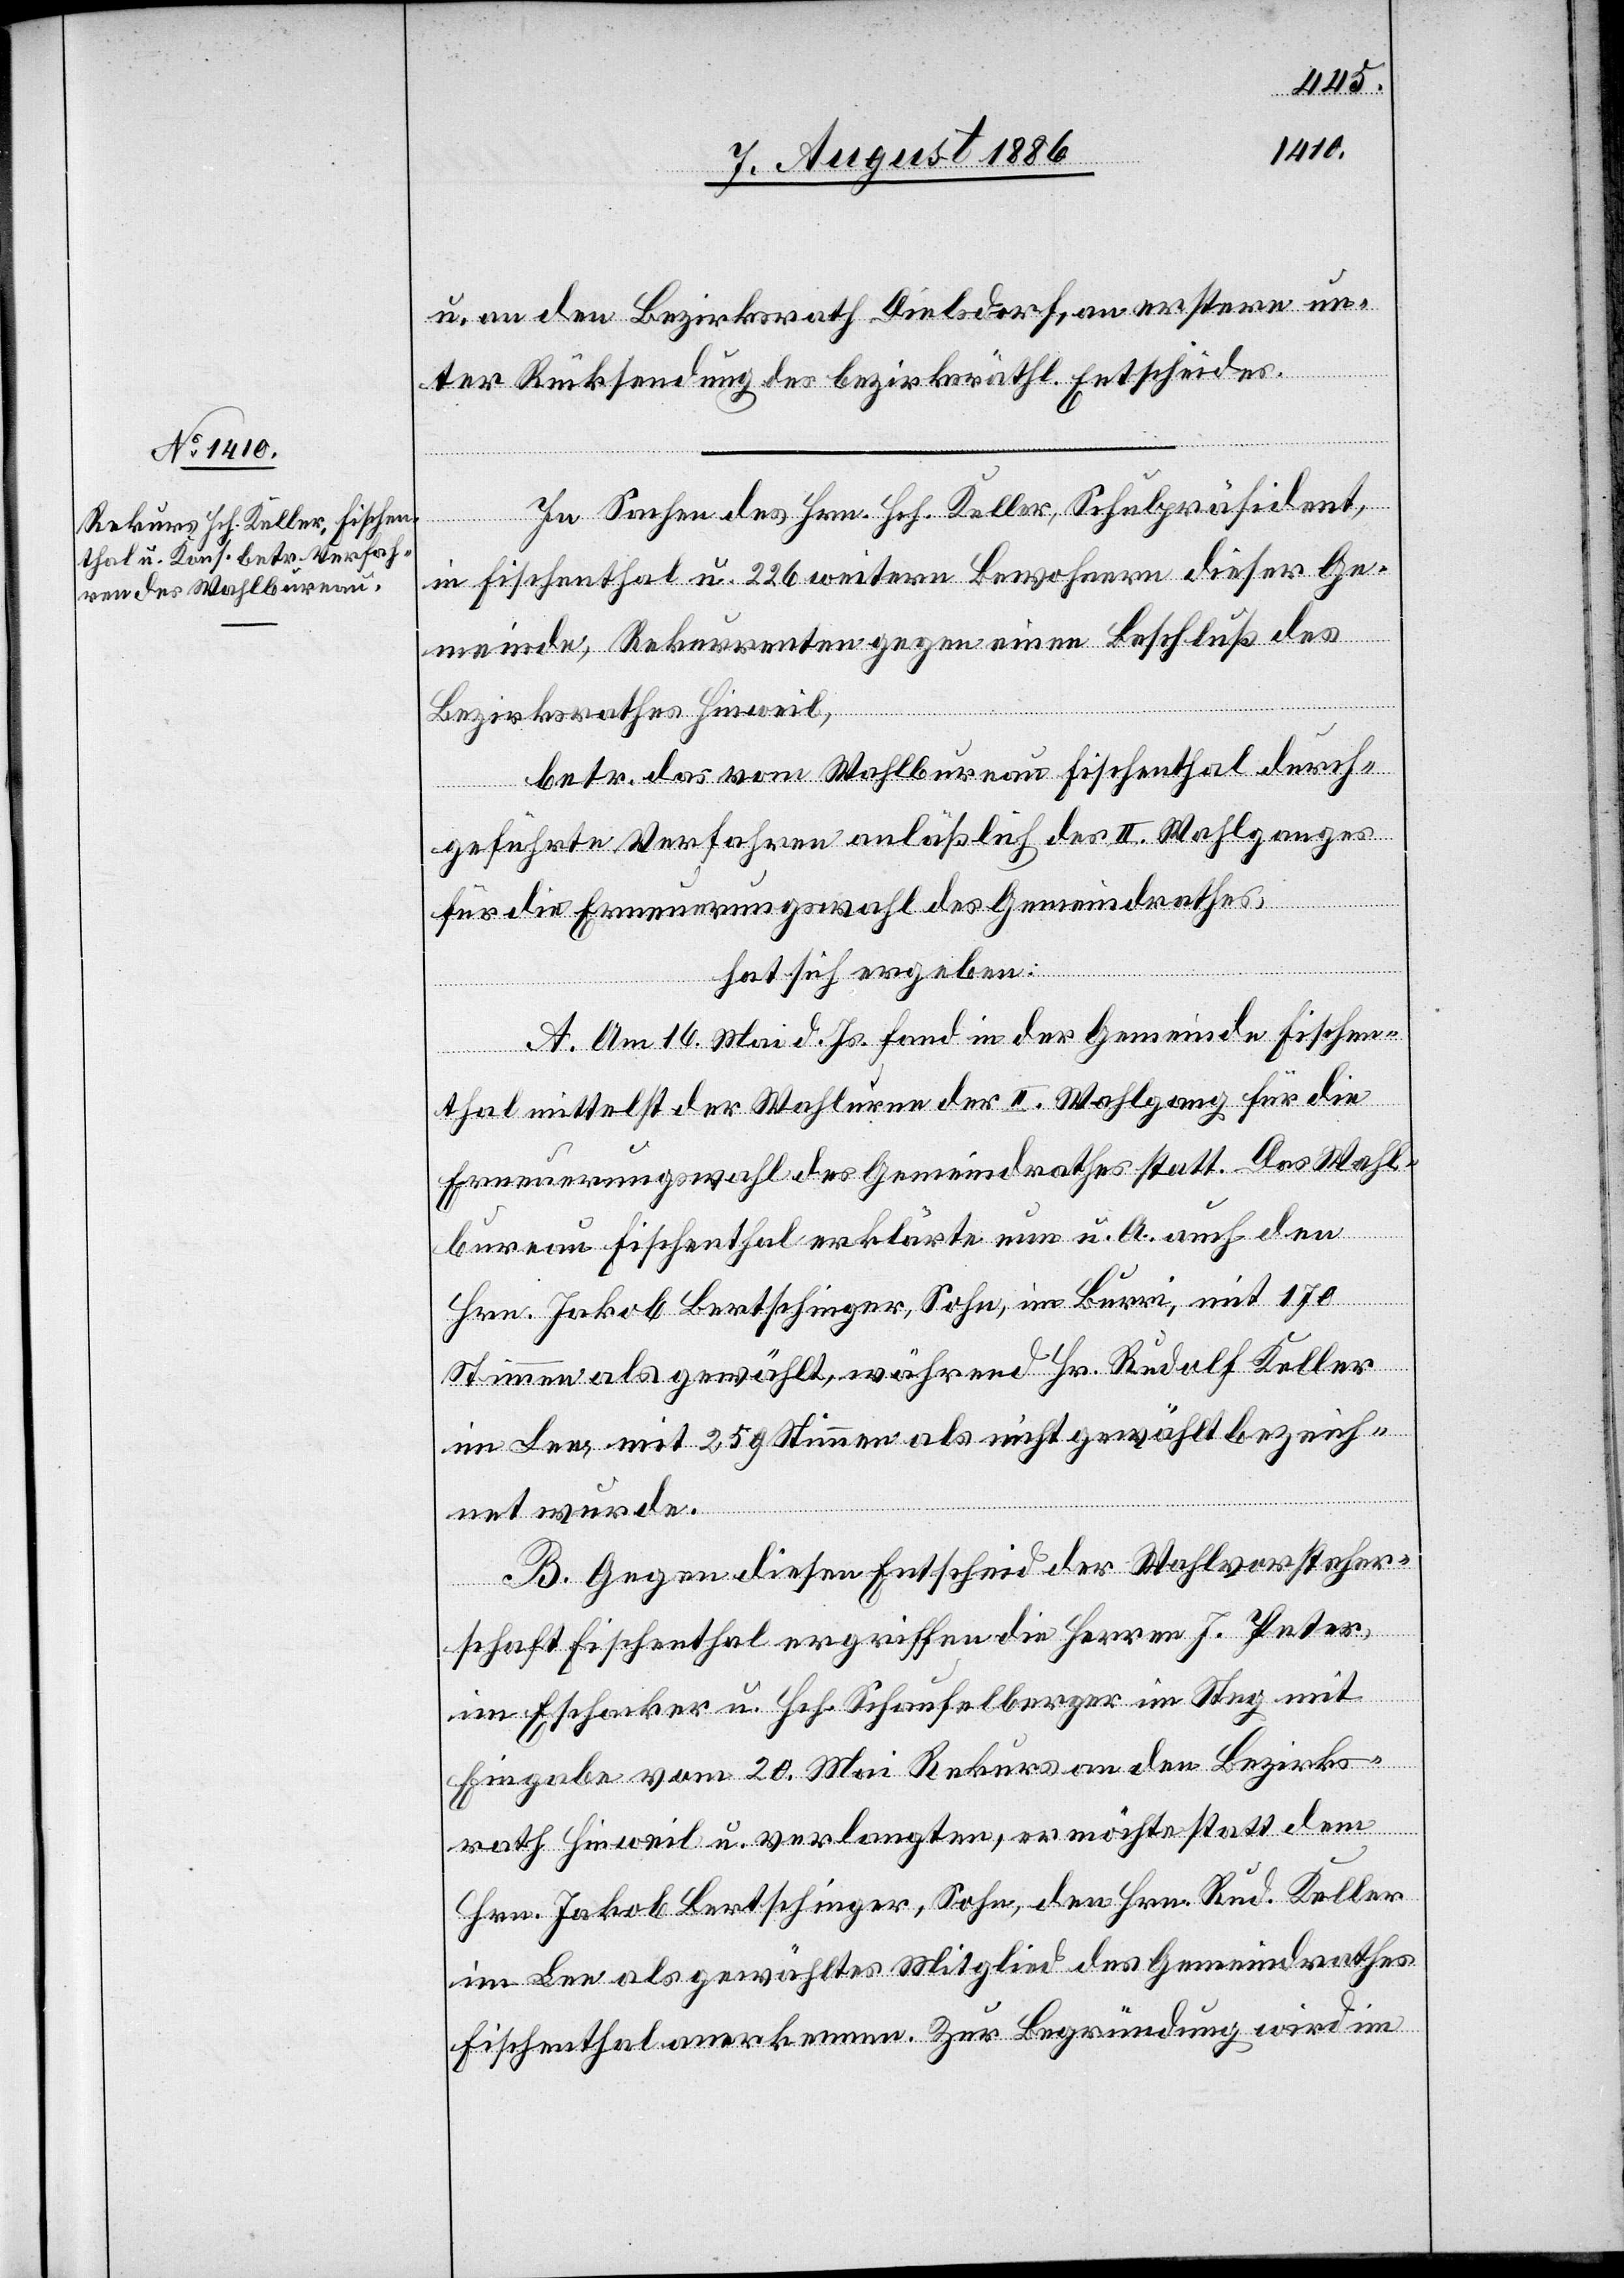
u. an den Bezirksrath Dielsdorf, an erstere un¬
ter Rücksendung des bezirksräthl. Entscheides.
In Sachen des Hrn. Hch. Keller, Schulpräsident,
in Fischenthal u. 226 weitern Bewohnern dieser Ge¬
meinde, Rekurrenten gegen einen Beschluß des
Bezirksrathes Hinweil,
betr. das vom Wahlbureau Fischenthal durch¬
geführte Verfahren anläßlich des II. Wahlganges
für die Erneuerungswahl des Gemeindrathes,
hat sich ergeben:
A. Am 16. Mai d. Js. fand in der Gemeinde Fischen¬
thal mittelst der Wahlurne der II. Wahlgang für die
Erneuerungswahl des Gemeindrathes statt. Das Wahl¬
bureau Fischenthal erklärte nun u. A. auch den
Hrn. Jakob Bertschinger, Sohn, im Burri, mit 170
Stimmen als gewählt, während Hr. Rudolf Keller
im Lee, mit 25 Stimmen als nicht gewählt bezeich¬
net wurde.
B. Gegen diesen Entscheid der Wahlvorsteher¬
schaft Fischenthal ergriffen die Herren J. Peter
im Eschacker u. Hch. Schaufelberger im Steg mit
Eingabe vom 20. Mai Rekurs an den Bezirks¬
rath Hinweil u. verlangten, er möchte statt dem
Hrn. Jakob Bertschinger, Sohn, den Hrn. Rud. Keller
im Lee als gewähltes Mitglied des Gemeindrathes
Fischenthal anerkennen. Zur Begründung wird im